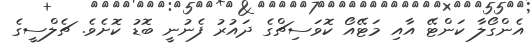
އެންގޯލާ ކަންޓޭ އާއި މަޓޭއޯ ކޮވަސިޗްގެ ދައުރު ފެނުނީ ބޮޑު ކޮށެވެ. ޗެލްސީގެ